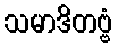
သမာဒိတဗ္ဗံ